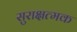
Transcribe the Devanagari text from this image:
सुराक्षत्मक